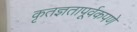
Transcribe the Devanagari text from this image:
कृतज्ञतापूर्वकपणे